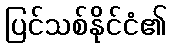
ပြင်သစ်နိုင်ငံ၏